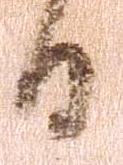
日